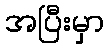
အပြီးမှာ